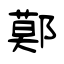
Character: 鄚